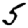
Digit: 5